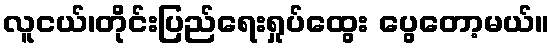
လူငယ်၊တိုင်းပြည်ရေးရှုပ်ထွေး ပွေတော့မယ်။